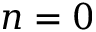
n = 0